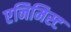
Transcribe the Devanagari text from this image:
एनिमिस्ट